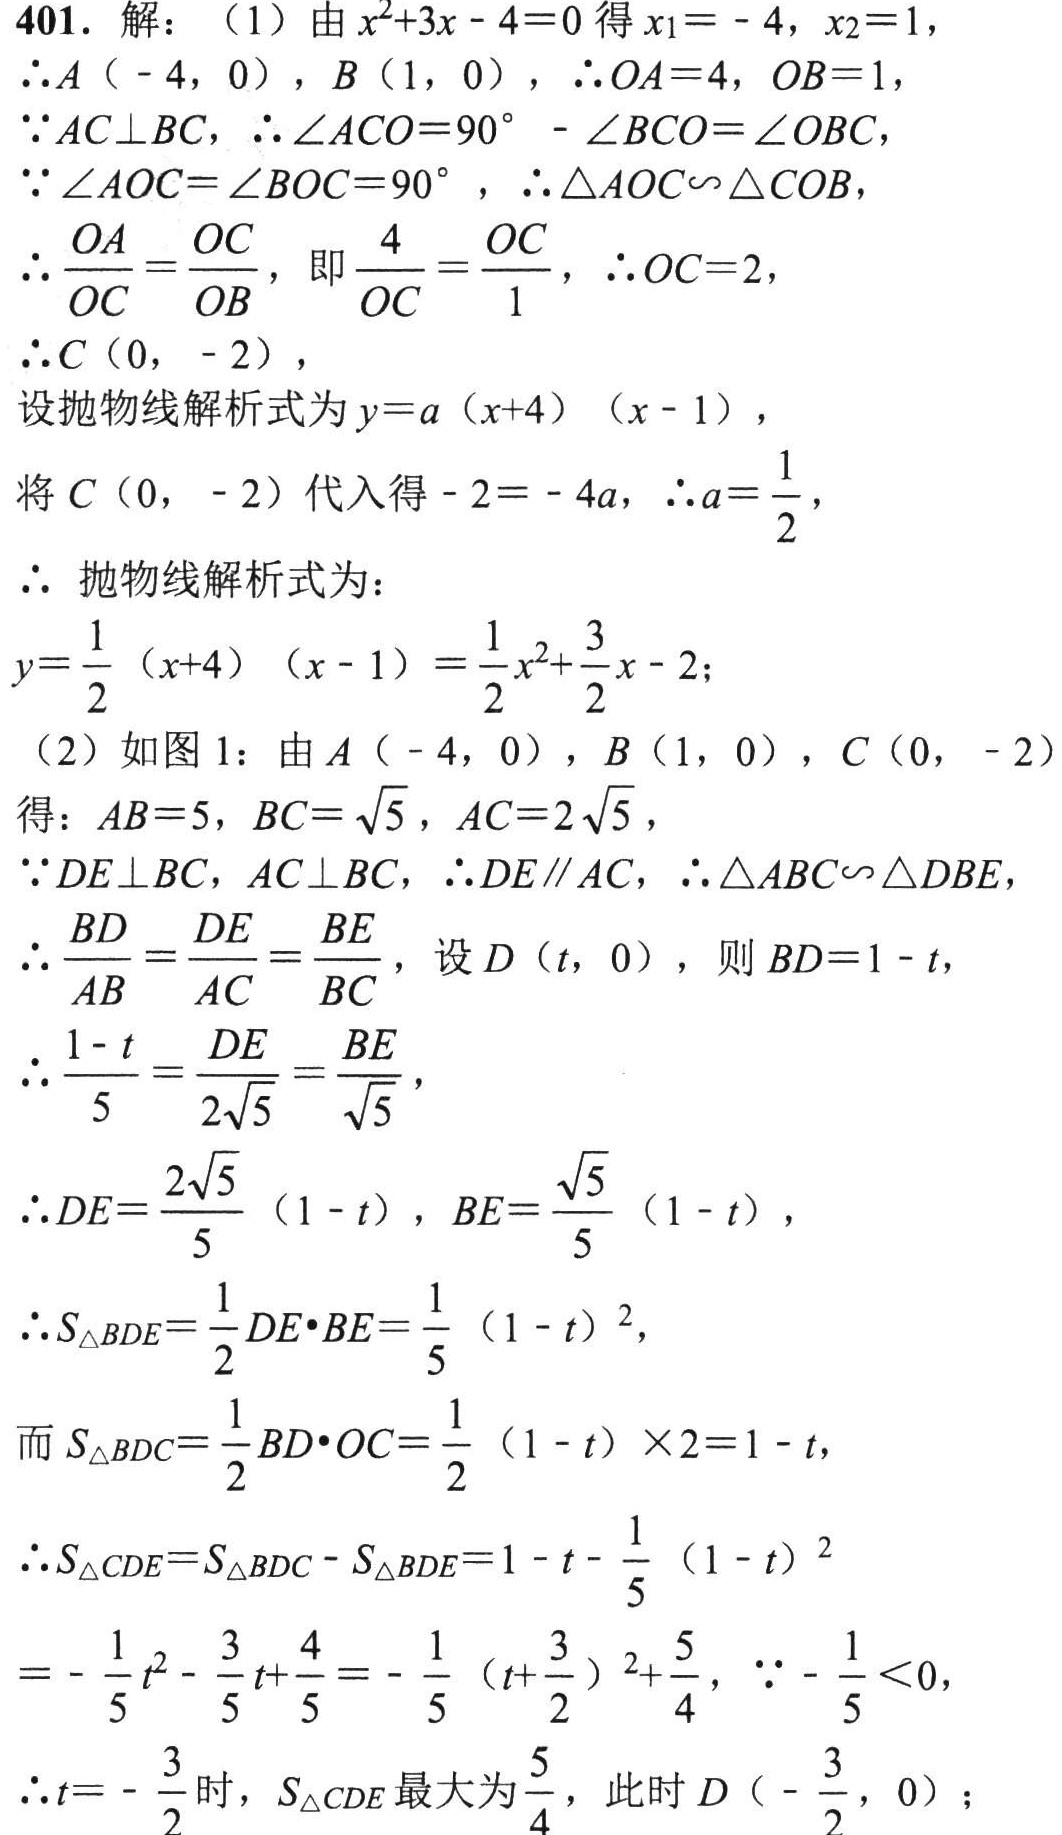
401. 解：（1）由 \(x^{2}+3x - 4 = 0\) 得 \(x_{1}=-4\)，\(x_{2}=1\)，
\(\therefore A(-4,0)\)，\(B(1,0)\)，\(\therefore OA = 4\)，\(OB = 1\)，
\(\because AC\perp BC\)，\(\therefore\angle ACO = 90^{\circ}-\angle BCO=\angle OBC\)，
\(\because\angle AOC=\angle BOC = 90^{\circ}\)，\(\therefore\triangle AOC\sim\triangle COB\)，
\(\therefore\frac{OA}{OC}=\frac{OC}{OB}\)，即\(\frac{4}{OC}=\frac{OC}{1}\)，\(\therefore OC = 2\)，
\(\therefore C(0,-2)\)，
设抛物线解析式为 \(y = a(x + 4)(x - 1)\)，
将 \(C(0,-2)\) 代入得 \(-2=-4a\)，\(\therefore a=\frac{1}{2}\)，
\(\therefore\) 抛物线解析式为：
\(y=\frac{1}{2}(x + 4)(x - 1)=\frac{1}{2}x^{2}+\frac{3}{2}x - 2\)；
（2）如图 1：由 \(A(-4,0)\)，\(B(1,0)\)，\(C(0,-2)\)
得：\(AB = 5\)，\(BC=\sqrt{5}\)，\(AC = 2\sqrt{5}\)，
\(\because DE\perp BC\)，\(AC\perp BC\)，\(\therefore DE\parallel AC\)，\(\therefore\triangle ABC\sim\triangle DBE\)，
\(\therefore\frac{BD}{AB}=\frac{DE}{AC}=\frac{BE}{BC}\)，设 \(D(t,0)\)，则 \(BD = 1 - t\)，
\(\therefore\frac{1 - t}{5}=\frac{DE}{2\sqrt{5}}=\frac{BE}{\sqrt{5}}\)，
\(\therefore DE=\frac{2\sqrt{5}}{5}(1 - t)\)，\(BE=\frac{\sqrt{5}}{5}(1 - t)\)，
\(\therefore S_{\triangle BDE}=\frac{1}{2}DE\cdot BE=\frac{1}{5}(1 - t)^{2}\)，
而 \(S_{\triangle BDC}=\frac{1}{2}BD\cdot OC=\frac{1}{2}(1 - t)\times2 = 1 - t\)，
\(\therefore S_{\triangle CDE}=S_{\triangle BDC}-S_{\triangle BDE}=1 - t-\frac{1}{5}(1 - t)^{2}\)
\(=-\frac{1}{5}t^{2}-\frac{3}{5}t+\frac{4}{5}=-\frac{1}{5}(t+\frac{3}{2})^{2}+\frac{5}{4}\)，\(\because-\frac{1}{5}<0\)，
\(\therefore t = -\frac{3}{2}\) 时，\(S_{\triangle CDE}\) 最大为 \(\frac{5}{4}\)，此时 \(D(-\frac{3}{2},0)\)；